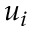
u _ { i }